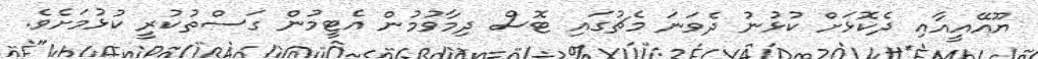
ޔޫއޭއީއާއި ދެކޮޅަށް ކުޅުނު ދެވަނަ މެޗުގައި ޓޮސް ދިމާވުމުން އެޓީމުން ގަސްތުކުރީ ކުޅުމަށެވެ.